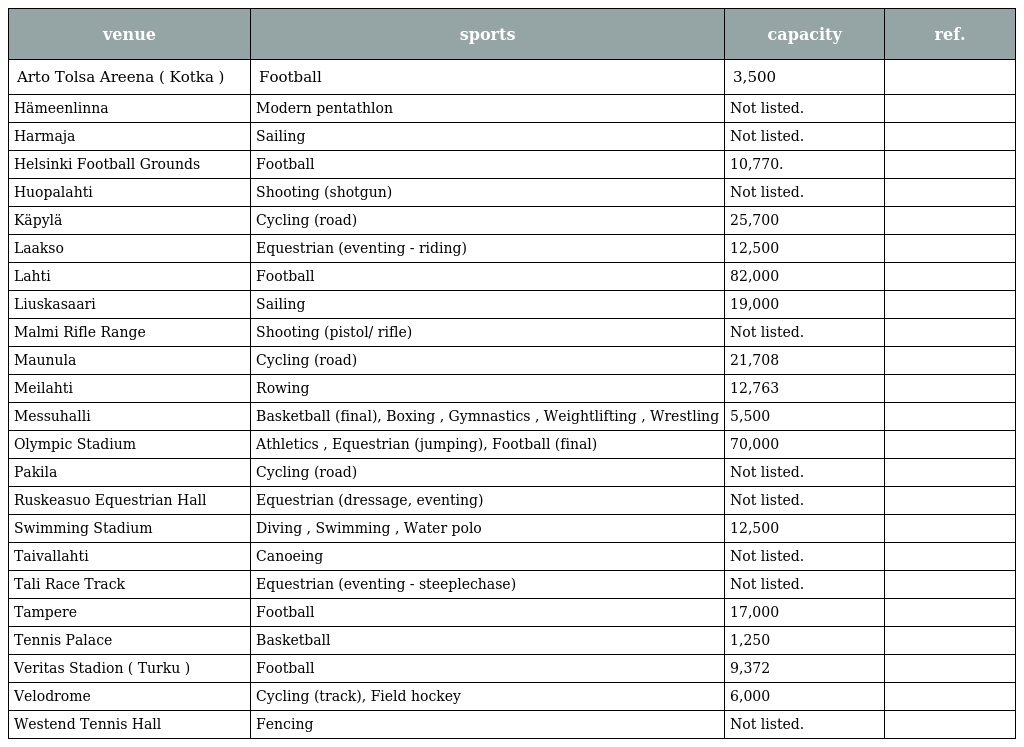
| venue | sports | capacity | ref. |
 | --- | --- | --- | --- |
 | Arto Tolsa Areena ( Kotka ) | Football | 3,500 |  |
 | Hämeenlinna | Modern pentathlon | Not listed. |  |
 | Harmaja | Sailing | Not listed. |  |
 | Helsinki Football Grounds | Football | 10,770. |  |
 | Huopalahti | Shooting (shotgun) | Not listed. |  |
 | Käpylä | Cycling (road) | 25,700 |  |
 | Laakso | Equestrian (eventing - riding) | 12,500 |  |
 | Lahti | Football | 82,000 |  |
 | Liuskasaari | Sailing | 19,000 |  |
 | Malmi Rifle Range | Shooting (pistol/ rifle) | Not listed. |  |
 | Maunula | Cycling (road) | 21,708 |  |
 | Meilahti | Rowing | 12,763 |  |
 | Messuhalli | Basketball (final), Boxing , Gymnastics , Weightlifting , Wrestling | 5,500 |  |
 | Olympic Stadium | Athletics , Equestrian (jumping), Football (final) | 70,000 |  |
 | Pakila | Cycling (road) | Not listed. |  |
 | Ruskeasuo Equestrian Hall | Equestrian (dressage, eventing) | Not listed. |  |
 | Swimming Stadium | Diving , Swimming , Water polo | 12,500 |  |
 | Taivallahti | Canoeing | Not listed. |  |
 | Tali Race Track | Equestrian (eventing - steeplechase) | Not listed. |  |
 | Tampere | Football | 17,000 |  |
 | Tennis Palace | Basketball | 1,250 |  |
 | Veritas Stadion ( Turku ) | Football | 9,372 |  |
 | Velodrome | Cycling (track), Field hockey | 6,000 |  |
 | Westend Tennis Hall | Fencing | Not listed. |  |